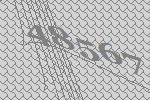
48567